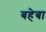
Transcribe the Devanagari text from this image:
बहेबा